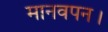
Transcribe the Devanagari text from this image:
मानवपन।